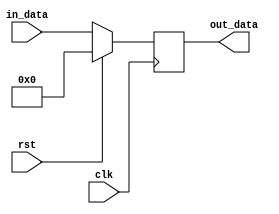
// 
// Copyright (c) 2011, Daniel Strother < http://danstrother.com/ >
// All rights reserved.
// 
// Redistribution and use in source and binary forms, with or without
// modification, are permitted provided that the following conditions are met:
//   - Redistributions of source code must retain the above copyright notice,
//     this list of conditions and the following disclaimer.
//   - Redistributions in binary form must reproduce the above copyright
//     notice, this list of conditions and the following disclaimer in the
//     documentation and/or other materials provided with the distribution.
//   - The name of the author may not be used to endorse or promote products
//     derived from this software without specific prior written permission.
// 
// THIS SOFTWARE IS PROVIDED BY THE AUTHOR "AS IS" AND ANY EXPRESS OR IMPLIED
// WARRANTIES, INCLUDING, BUT NOT LIMITED TO, THE IMPLIED WARRANTIES OF
// MERCHANTABILITY AND FITNESS FOR A PARTICULAR PURPOSE ARE DISCLAIMED. IN NO
// EVENT SHALL THE AUTHOR BE LIABLE FOR ANY DIRECT, INDIRECT, INCIDENTAL,
// SPECIAL, EXEMPLARY, OR CONSEQUENTIAL DAMAGES (INCLUDING, BUT NOT LIMITED
// TO, PROCUREMENT OF SUBSTITUTE GOODS OR SERVICES; LOSS OF USE, DATA, OR
// PROFITS; OR BUSINESS INTERRUPTION) HOWEVER CAUSED AND ON ANY THEORY OF
// LIABILITY, WHETHER IN CONTRACT, STRICT LIABILITY, OR TORT (INCLUDING
// NEGLIGENCE OR OTHERWISE) ARISING IN ANY WAY OUT OF THE USE OF THIS
// SOFTWARE, EVEN IF ADVISED OF THE POSSIBILITY OF SUCH DAMAGE.
//

// Module Description:
// Similar to dlsc_pipedelay, but allows for resetting of contents. Does NOT
// infer shift-registers in most FPGAs, and should only be used where a reset
// is absolutely required (control-path, not data-path).

module dlsc_pipedelay_rst #(
    parameter DATA      = 32,
    parameter DELAY     = 1,
    parameter RESET     = {DATA{1'b0}}
) (
    input   wire                clk,
    input   wire                rst,

    input   wire    [DATA-1:0]  in_data,

    output  wire    [DATA-1:0]  out_data
);

//`include "dlsc_clog2.vh"
localparam DELAYN           = (DELAY>1) ? DELAY : 2;

generate
    if(DELAY == 0) begin:GEN_DELAY0

        assign out_data     = in_data;

    end else if(DELAY == 1) begin:GEN_DELAY1

        reg [DATA-1:0] out_data_r0;

        always @(posedge clk) begin
            if(rst) begin
                out_data_r0     <= RESET;
            end else begin
                out_data_r0     <= in_data;
            end
        end
        assign out_data = out_data_r0;

    end else begin:GEN_DELAYN

        integer i;
        
        reg [DATA-1:0] out_data_r [DELAYN-2:0];
        reg [DATA-1:0] out_data_rn;

        always @(posedge clk) begin
            if(rst) begin
                out_data_rn     <= RESET;
                for(i=(DELAYN-2);i>=0;i=i-1) begin
                    out_data_r[i]   <= RESET;
                end
            end else begin
                out_data_rn     <= out_data_r[DELAYN-2];
                
                for(i=(DELAYN-2);i>0;i=i-1) begin
                    out_data_r[i]   <= out_data_r[i-1];
                end
                out_data_r[0]   <= in_data;
                    
            end
        end
        assign out_data = out_data_rn;

    end
endgenerate

endmodule